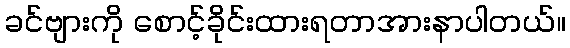
ခင်ဗျားကို စောင့်ခိုင်းထားရတာအားနာပါတယ်။